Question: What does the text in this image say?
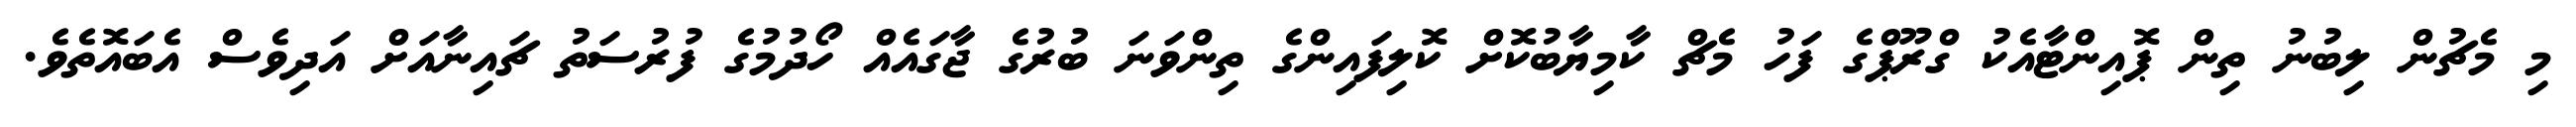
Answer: މި މެޗުން ލިބުނު ތިން ޕޮއިންޓާއެކު ގްރޫޕްގެ ފަހު މެޗް ކާމިޔާބުކޮށް ކޮލިފައިންގެ ތިންވަނަ ބުރުގެ ޖާގައެއް ހޯދުމުގެ ފުރުސަތު ޗައިނާއަށް އަދިވެސް އެބައޮތެވެ.